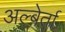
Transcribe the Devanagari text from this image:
अल्बेर्ता